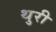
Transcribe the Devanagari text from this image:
थुरी